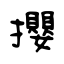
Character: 攖